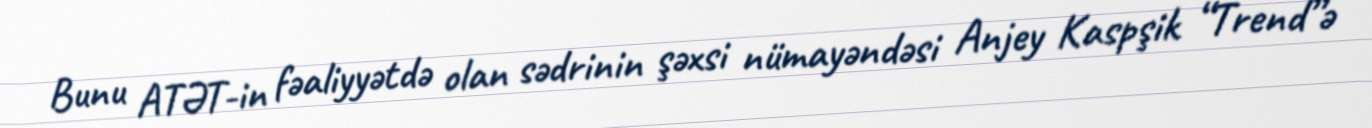
Bunu ATƏT-in fəaliyyətdə olan sədrinin şəxsi nümayəndəsi Anjey Kaspşik “Trend”ə